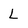
Character: L